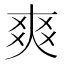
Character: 爽